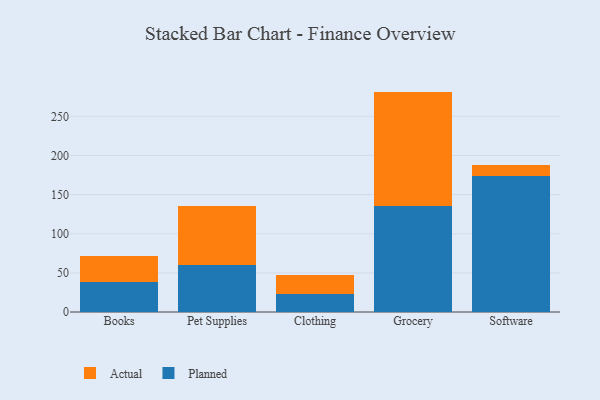
{"axis": {"x": "Category", "y": "Revenue (USD Million)"}, "legend": ["Actual", "Planned"], "data": [{"x": "Books", "y": 38.9, "type": "Planned"}, {"x": "Books", "y": 32.1, "type": "Actual"}, {"x": "Pet Supplies", "y": 60.3, "type": "Planned"}, {"x": "Pet Supplies", "y": 75.3, "type": "Actual"}, {"x": "Clothing", "y": 22.4, "type": "Planned"}, {"x": "Clothing", "y": 25.3, "type": "Actual"}, {"x": "Grocery", "y": 135.9, "type": "Planned"}, {"x": "Grocery", "y": 145.7, "type": "Actual"}, {"x": "Software", "y": 174.0, "type": "Planned"}, {"x": "Software", "y": 13.3, "type": "Actual"}]}